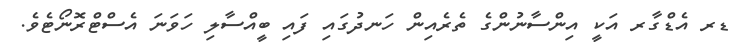
ޑރ އެޑްގާރ އަކީ އިންސާނުންގެ ތެރެއިން ހަނދުގައި ފައި ބީއްސާލި ހަވަނަ އެސްޓްރޮނޯޓެވެ.